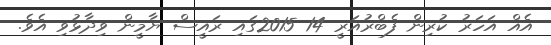
އެއް އަހަރު ކުރިން ފެބްރުއަރީ 14 2015ގައި ރައީސް ޔާމީން ވިދާޅުވި އެވެ.